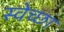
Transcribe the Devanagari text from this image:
स्‍वेच्‍छा